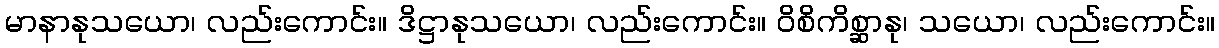
မာနာနုသယော၊ လည်းကောင်း။ ဒိဋ္ဌာနုသယော၊ လည်းကောင်း။ ဝိစိကိစ္ဆာနု၊ သယော၊ လည်းကောင်း။